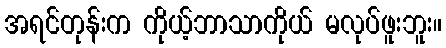
အရင်တုန်းက ကိုယ့်ဘာသာကိုယ် မလုပ်ဖူးဘူး။